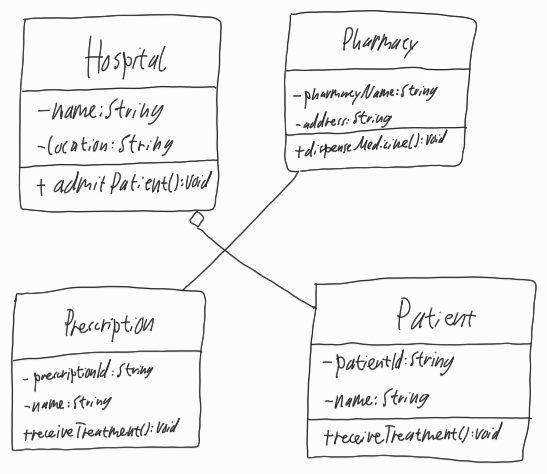
Diagram type: class_diagram
```plantuml
@startuml

class Hospital {
  - name: String
  - location: String
  + admitPatient(): void
}

class Pharmacy {
  - pharmacyName: String
  - address: String
  + dispenseMedicine(): void
}

class Prescription {
  - prescriptionId: String
  - name: String
  + receiveTreatment(): void
}

class Patient {
  - patientId: String
  - name: String
  + receiveTreatment(): void
}

Hospital o-- Patient

Pharmacy -- Prescription

@enduml
```